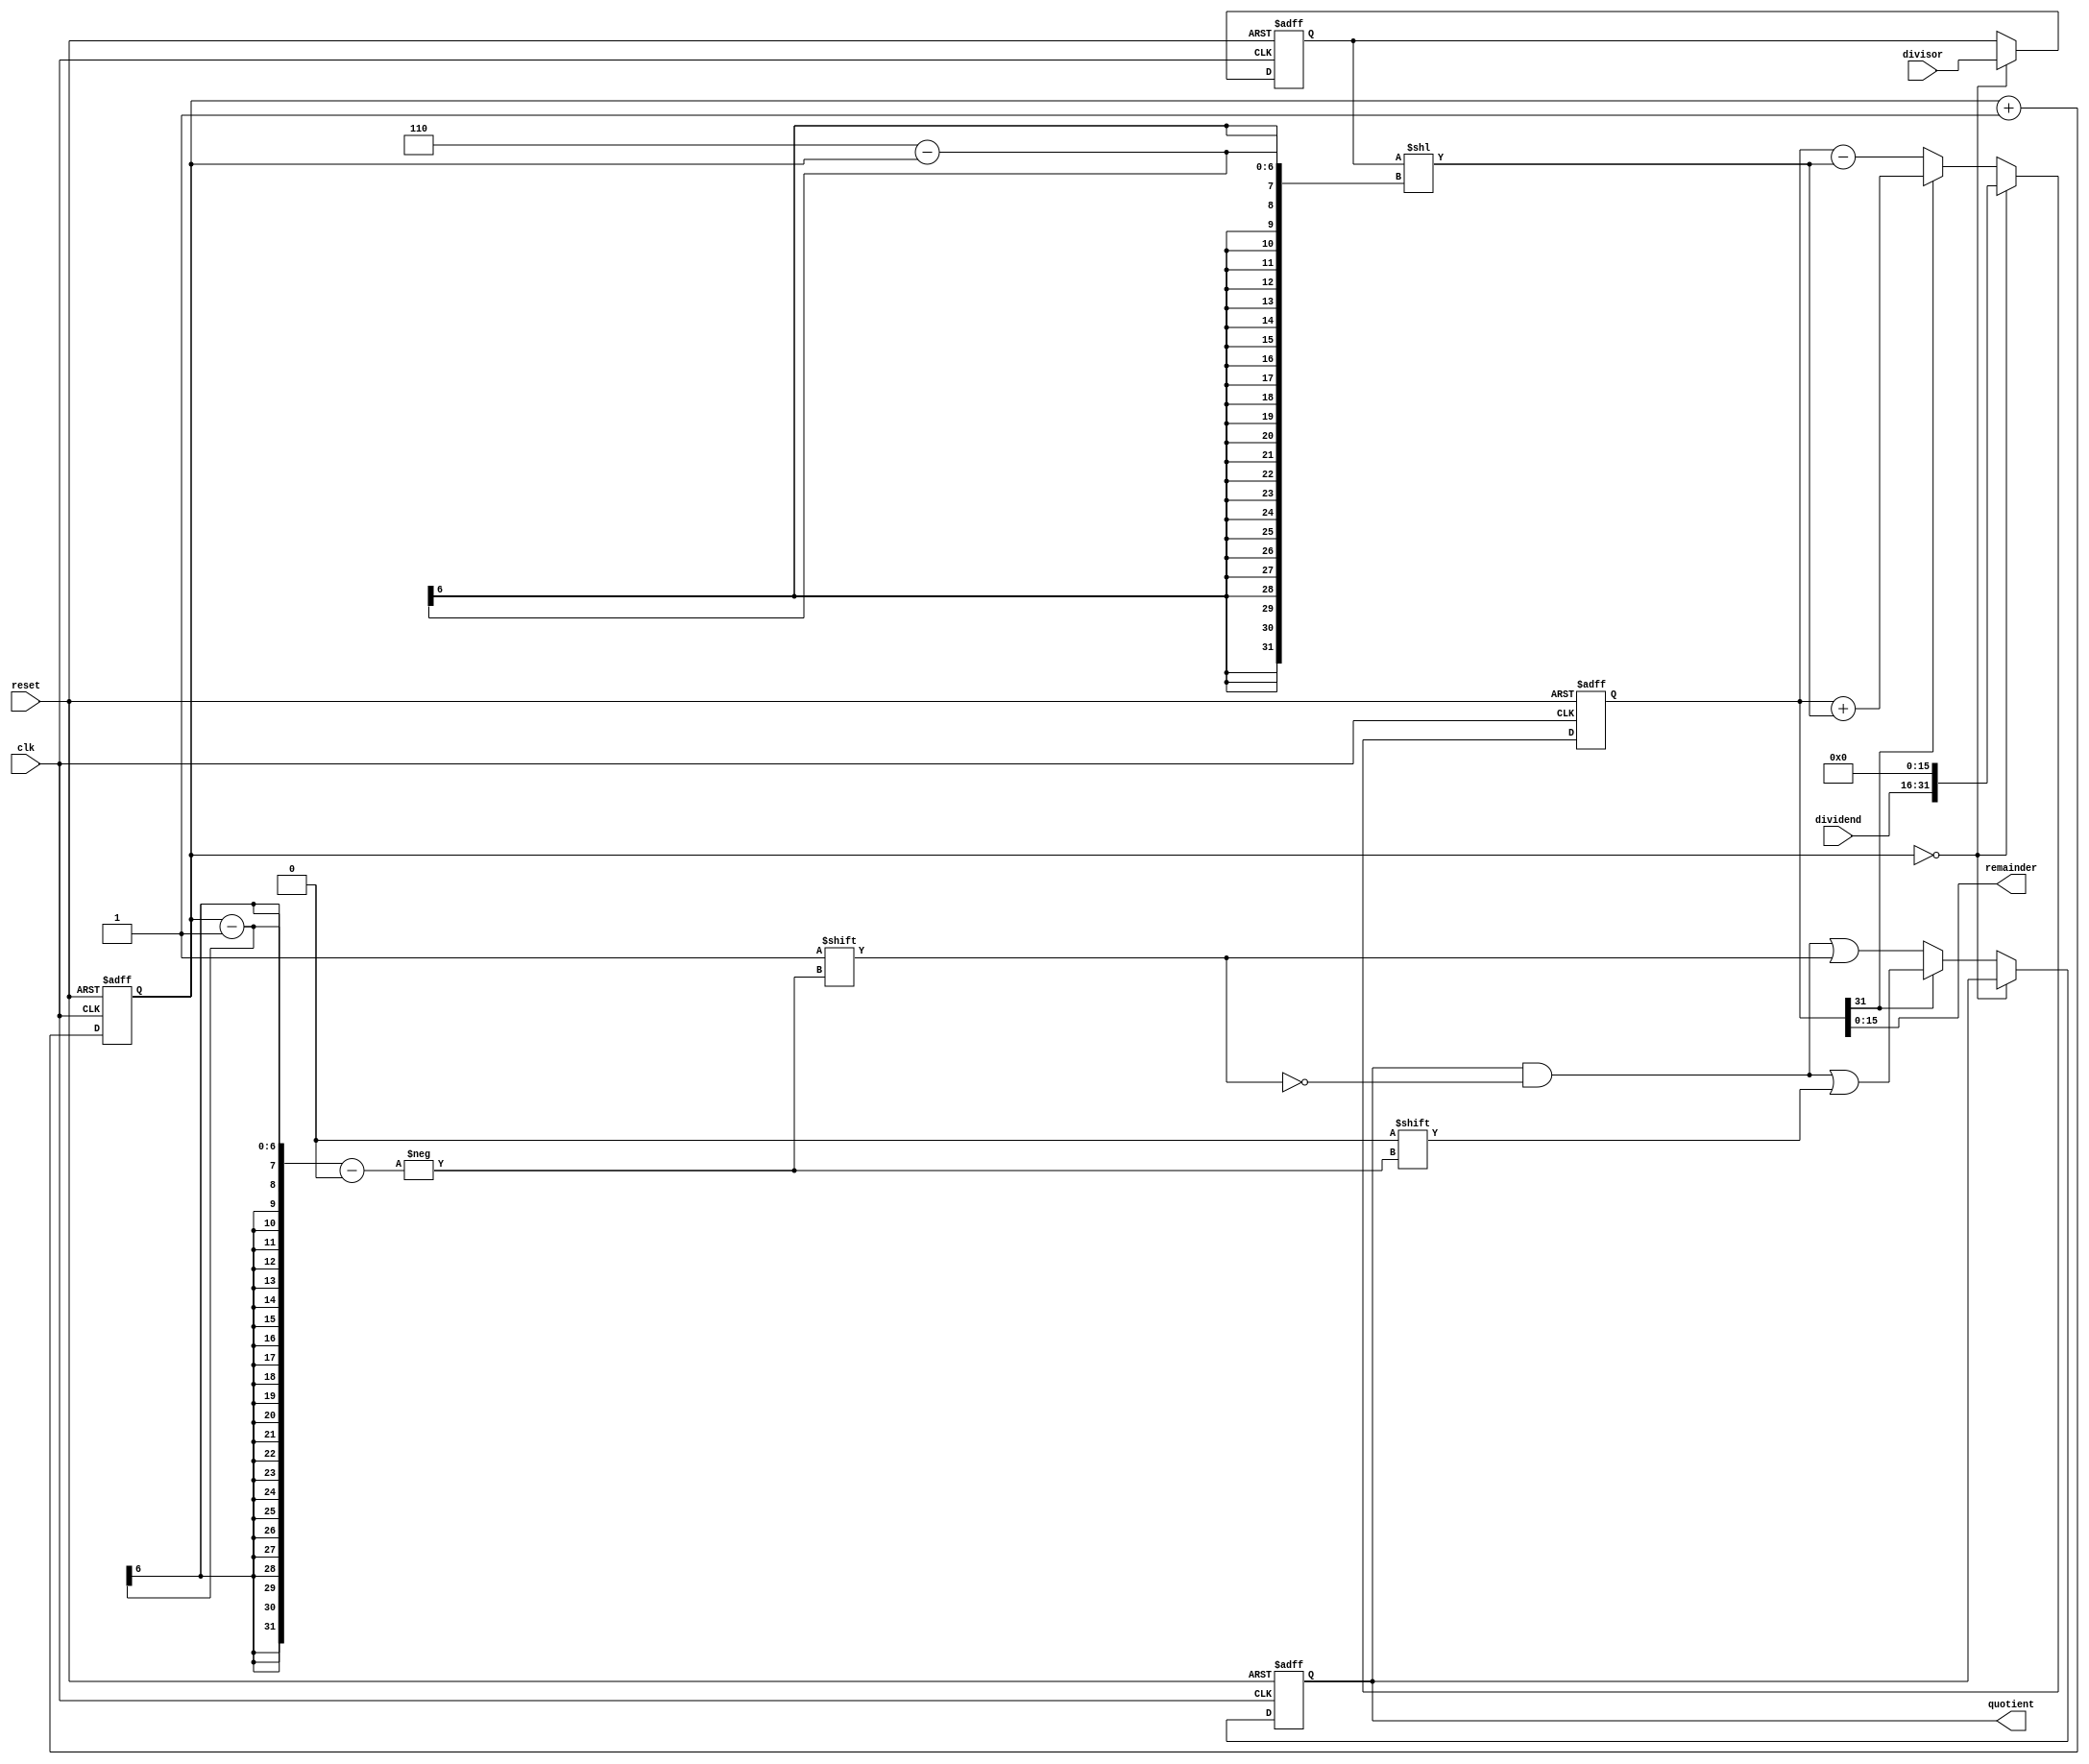
module radix2_srt_divider (
    input wire clk,
    input wire reset,
    input wire [15:0] dividend,
    input wire [15:0] divisor,
    output reg [15:0] quotient,
    output reg [15:0] remainder
);

reg [31:0] u;
reg [15:0] v, q;
reg [5:0] i;

always @(posedge clk or posedge reset) begin
    if (reset) begin
        u <= 32'b0;
        v <= 16'b0;
        q <= 16'b0;
        i <= 6'b0;
    end else begin
        case(i)
            6'b000000: begin
                u <= {dividend, 16'b0};
                v <= divisor;
            end
            
            default: begin
                u <= u - (v << (6 - i));
                if (u[31] == 1) begin
                    u <= u + (v << (6 - i));
                    q[i - 1] <= 1'b0;
                end else begin
                    q[i - 1] <= 1'b1;
                end
            end
        endcase
        
        i <= i + 1;
    end
end

assign quotient = q;
assign remainder = u[15:0];

endmodule